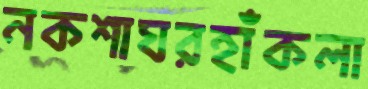
নকশাঘরহাঁকলা